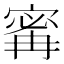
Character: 寗